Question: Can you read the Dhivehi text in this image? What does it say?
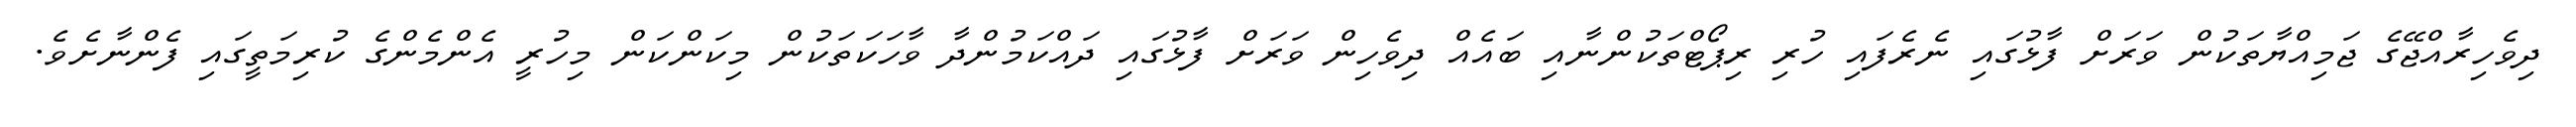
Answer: ދިވެހިރާއްޖޭގެ ޖަމިއްޔާތަކުން ވަރަށް ފާޅުގައި ނެރެފައި ހުރި ރިޕޯޓްތަކުންނާއި ބައެއް ދިވެހިން ވަރަށް ފާޅުގައި ދައްކަމުންދާ ވާހަކަތަކުން މިކަންކަން މިހުރީ އެންމެންގެ ކުރިމަތީގައި ފެންނާށެވެ.